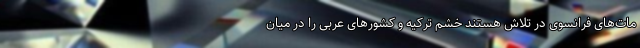
مات‌های فرانسوی در تلاش هستند خشم ترکیه و کشورهای عربی را در میان